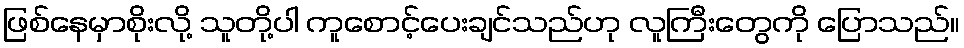
ဖြစ်နေမှာစိုးလို့ သူတို့ပါ ကူစောင့်ပေးချင်သည်ဟု လူကြီးတွေကို ပြောသည်။